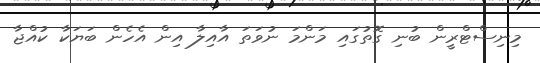
މިނިސްޓްރީން ބުނި ގޮތުގައި މަންމަ ނުވަތަ އާއިލާ އިން އެހެން ބަޔަކާ ކުއްޖާ